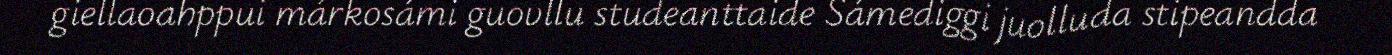
giellaoahppui márkosámi guovllu studeanttaide Sámediggi juolluda stipeandda